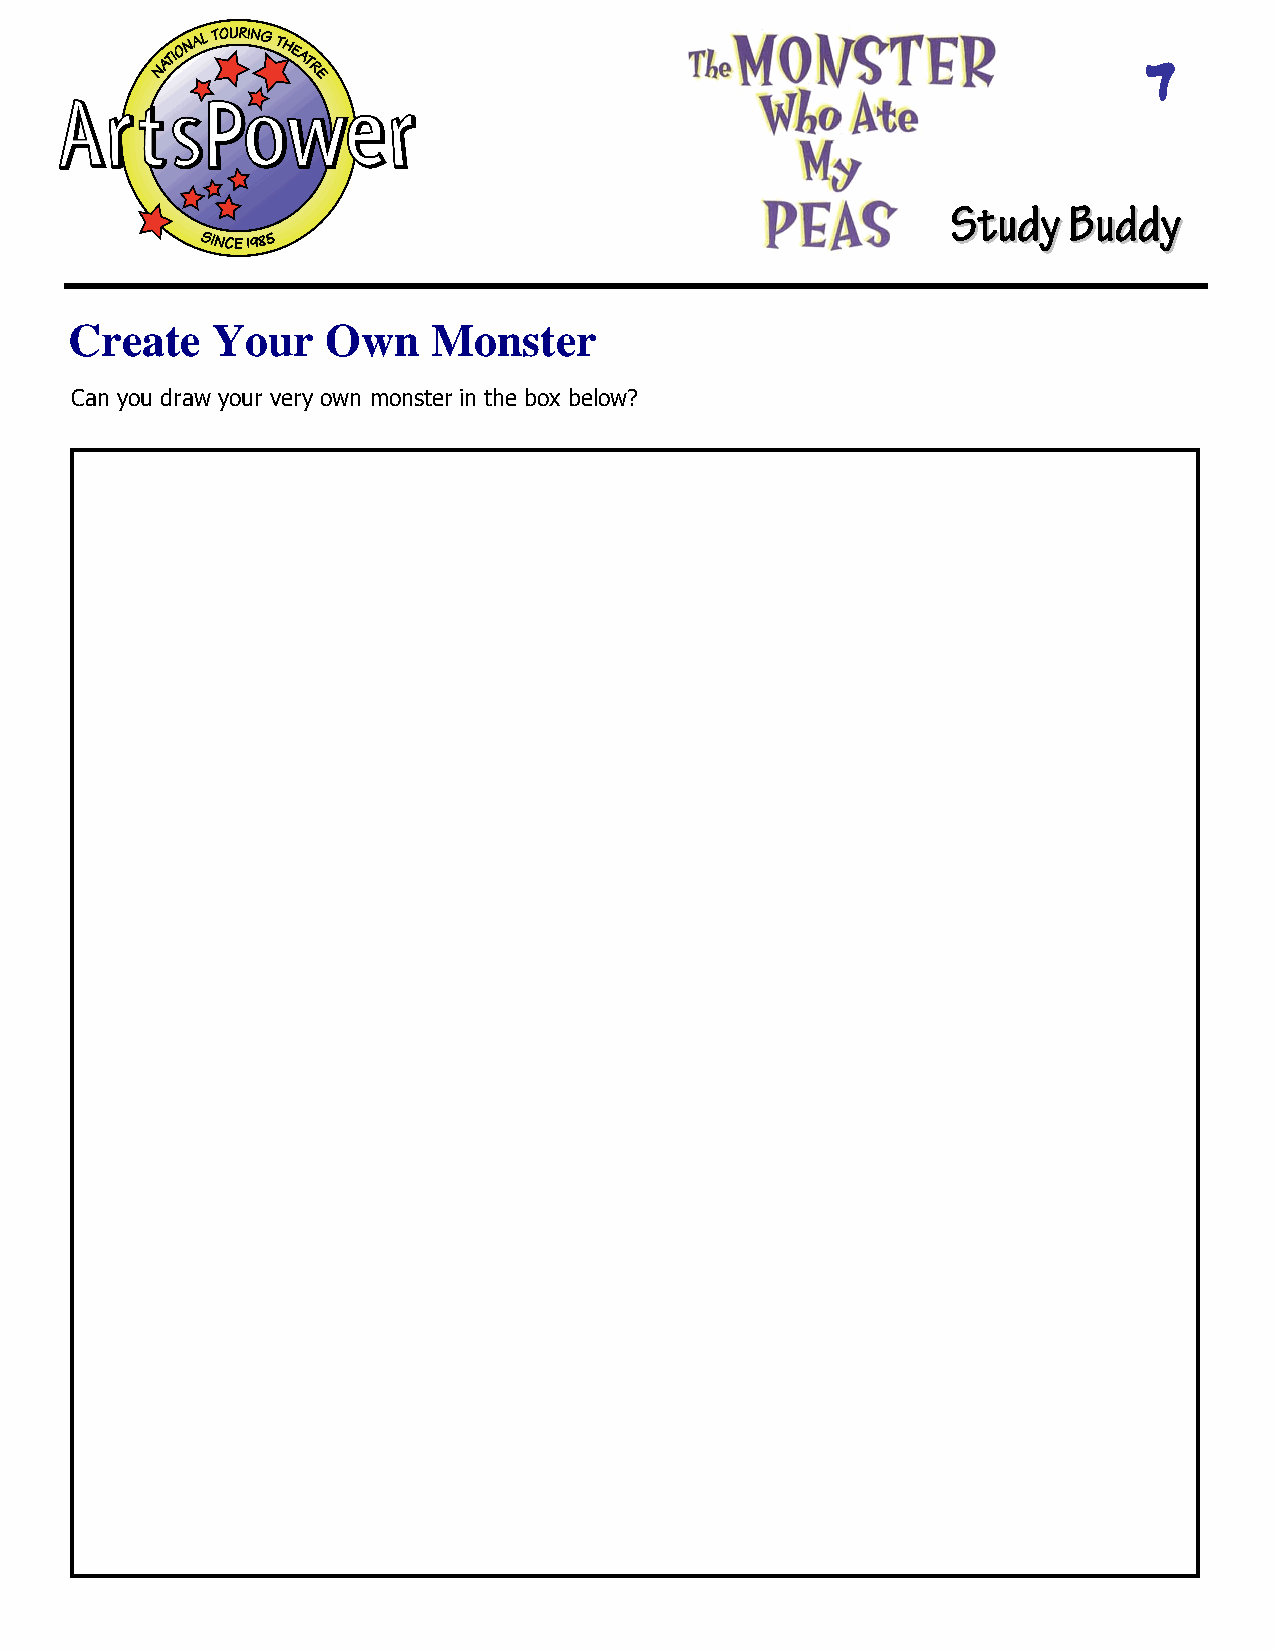
7
 SSttuuddyyBBuuddddyy
 Create   Your    Own    Monster
 Can you dra w your very own monster in the box below?